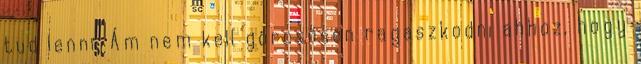
tud lenni. Ám nem kell görcsösen ragaszkodni ahhoz, hogy